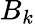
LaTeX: B_{k}